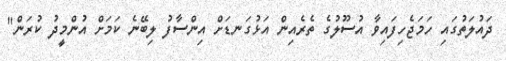
ދައުލަތުގައި ހަމަޖެހިފައިވާ އުސޫލުގެ ތެރެއިން އަޅުގަނޑަށް އިންސާފު ލިބޭނެ ކަމަށް އުންމީދު ކުރަން"